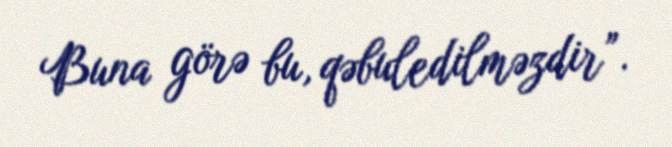
Buna görə bu, qəbuledilməzdir”.